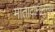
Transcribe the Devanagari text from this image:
मातादानानुसार